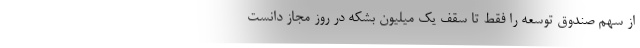
از سهم صندوق توسعه را فقط تا سقف یک میلیون بشکه در روز مجاز دانست